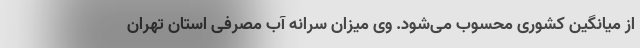
از میانگین کشوری محسوب می‌شود. وی میزان سرانه آب مصرفی استان تهران